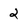
Character: 2